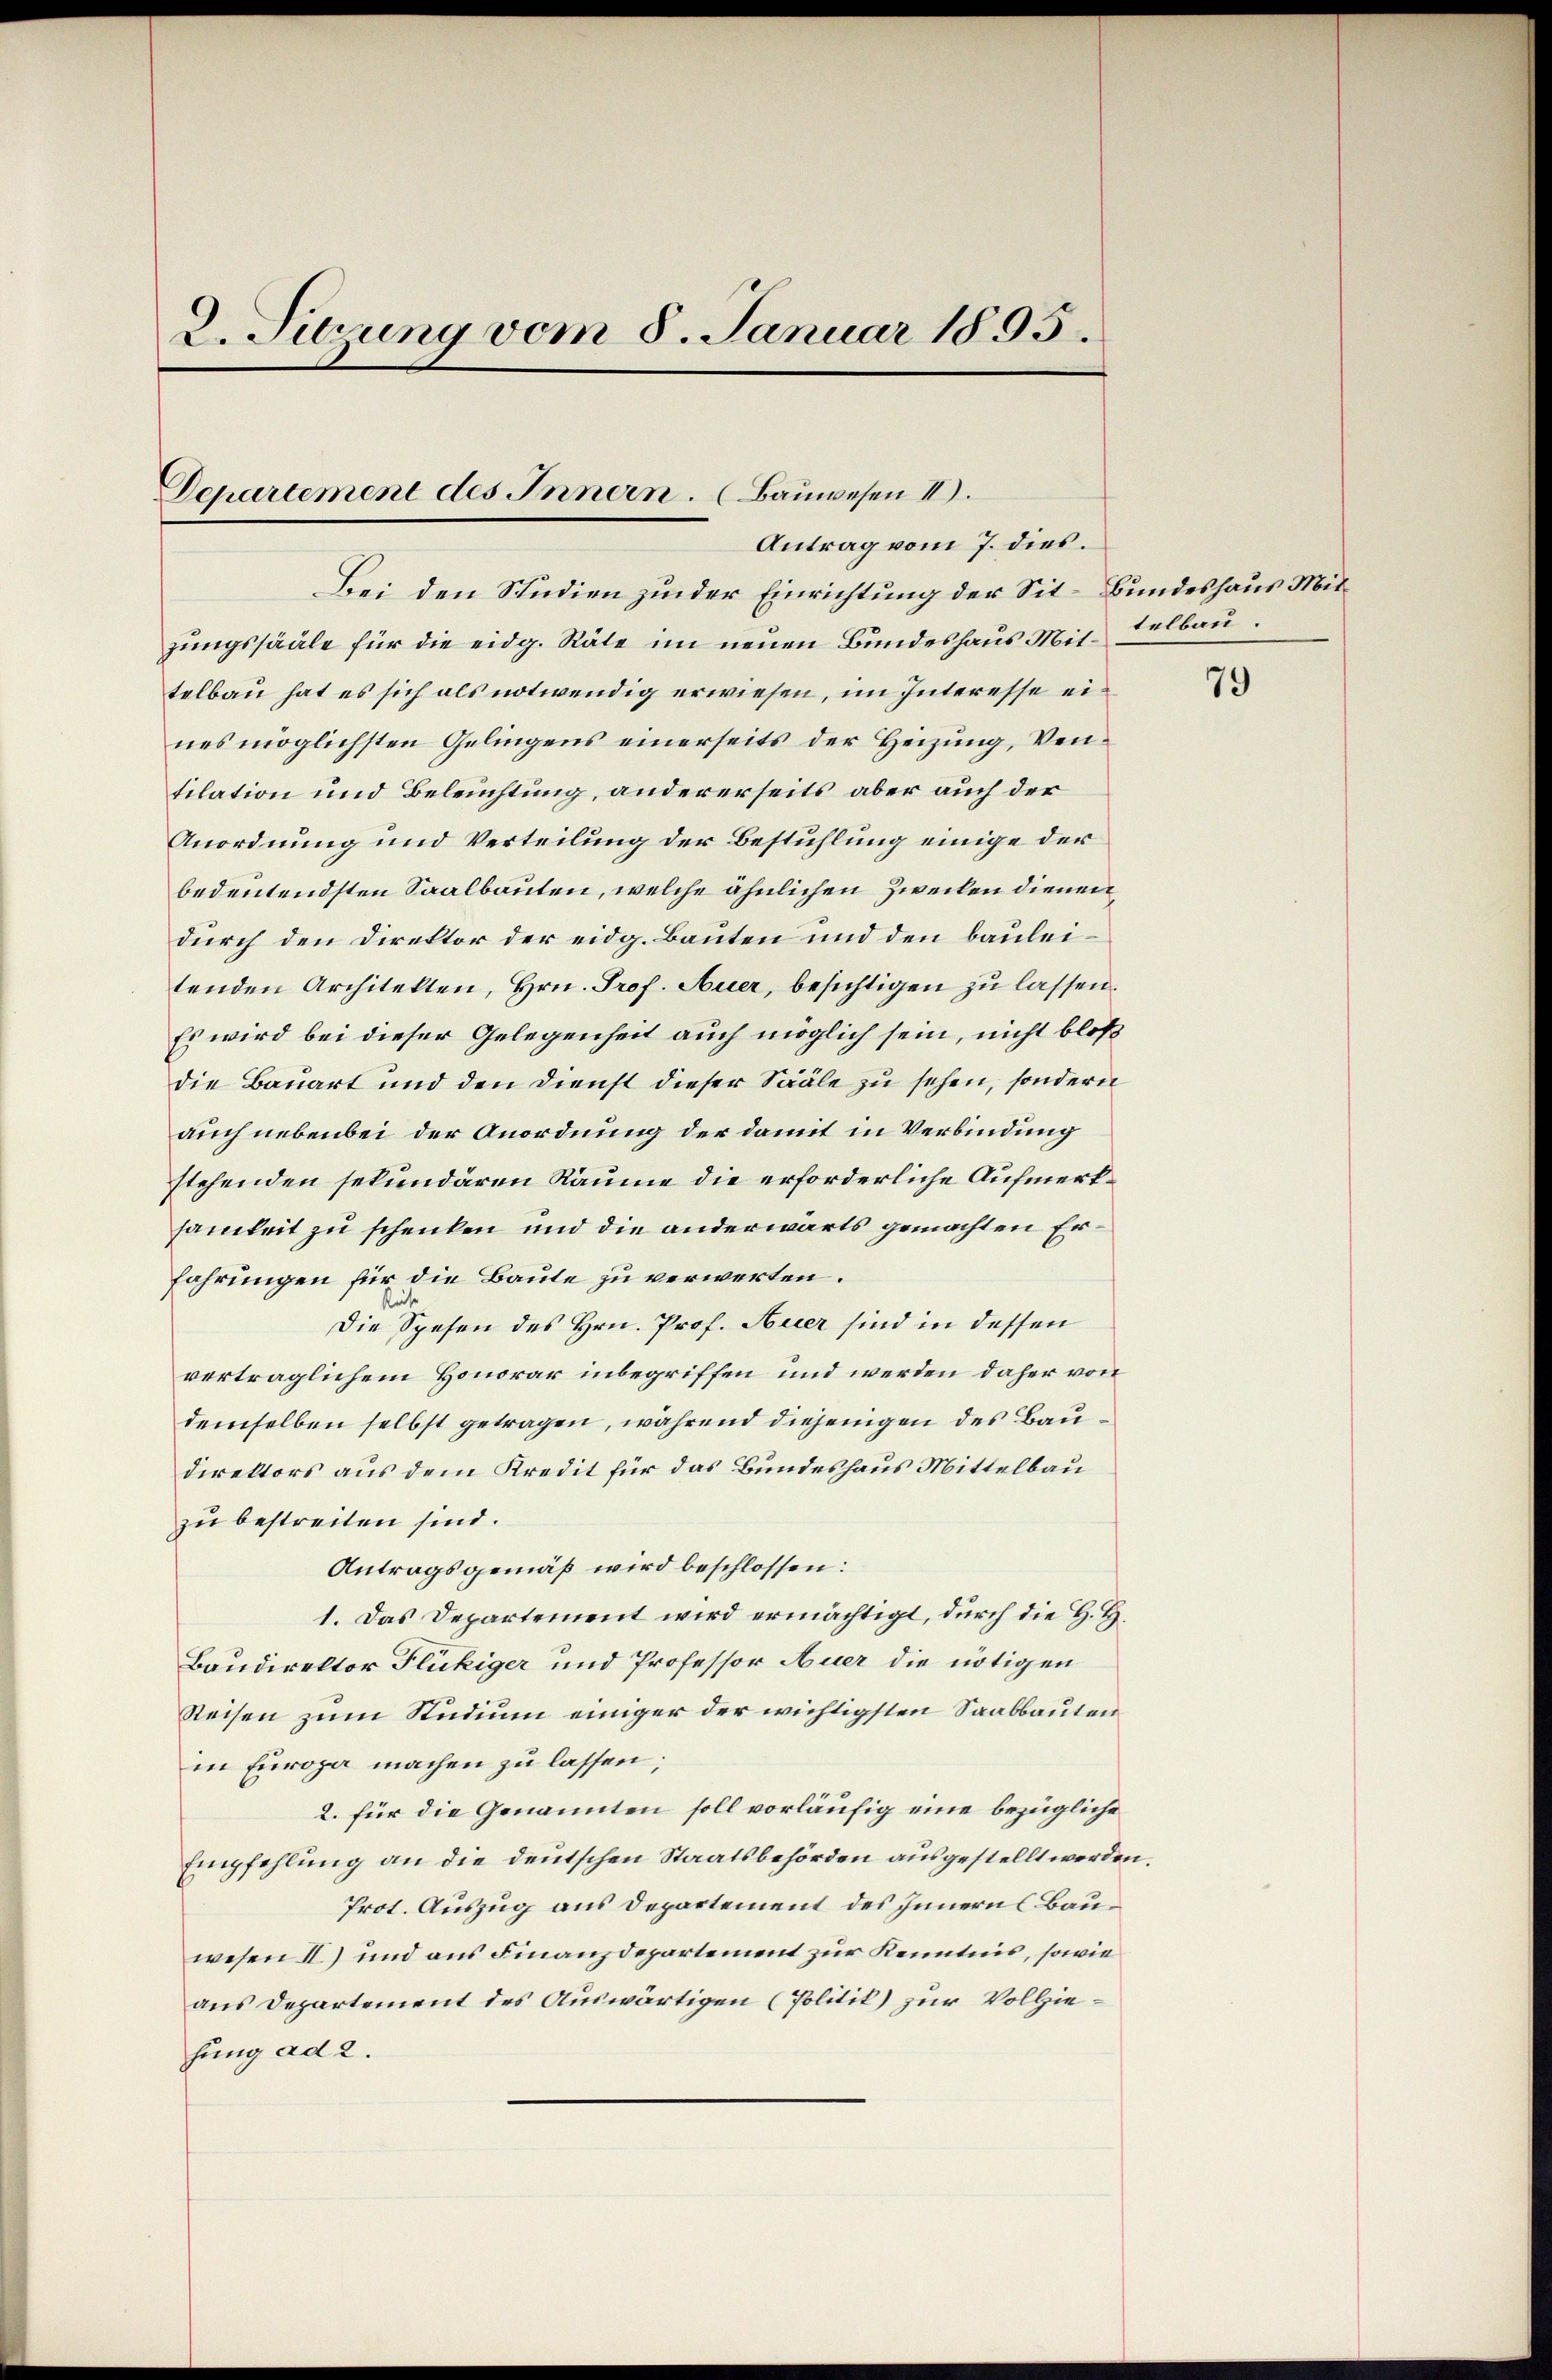
2. Sierung vom 8. Januar 1895.

Departement des Innern. (Bauwesen II.
Antrag vom 7. dies.

Bei den Studien zu der Einrichtung der Sit- Bundeshaus Mitzungssääle für die eidg. Räte im neuen Bundeshaus Mittelbau hat es sich als notwendig erwiesen, im Interesse eines möglichsten Gelingens einerseits der Heizung, Vertilation und Beleuchtung, andererseits aber auch der
Anordnung und Verteilung der Bestühlung einige der
bedeutendsten Saalbauten, welche ähnlichen Zwecken dienen
durch den Direktor der eidg. Bauten und den bauleitenden Architekten, Hrn. Prof. Auer, besichtigen zu lassen.
Es wird bei dieser Gelegenheit auch möglich sein, nicht bloß
die Bauart und den Dienst dieser Sääle zu sehen, sondern
auch nebenbei der Anordnung der damit in Verbindung
stehenden sekundären Räume die erforderliche Aufmerksamkeit zu schenken und die anderwärts gemachten Erfahrungen für die Baute zu verwerten.
i
Die Spesen des Hrn. Prof. Auer sind in dessen
vertraglichem Honorar inbegriffen und werden daher von
demselben selbst getragen, während diejenigen des Baudirektors aus dem Kredit für das Bundeshaus Mittelbau
zu bestreiten sind.
Antragsgemäß wird beschlossen:
1. Das Departement wird ermächtigt, durch die H. H.
Baudirektor Flückiger und Professor Auer die nötigen
Reisen zum Studium einiger der wichtigsten Saabbauten
in Europa machen zu lassen;
2. für die Genannten soll vorläufig eine bezügliche
Empfehlung an die deutschen Staatsbehörden ausgestellt werden
Prot. Auszug aus Departement des Innern Bauwesen II) und aus Finanzdepartement zur Kenntnis, sowie
aus Departement des Auswärtigen (Politik) zur Vollziehung ad 2.

telbau.

79